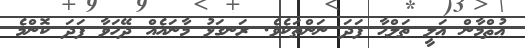
ޢުޘްމާން ޢަލީ ޠަލްޙާ ފަދަ ނަންތަކެވެ. ރަނގަޅު މާނައެއް ދޭހަވާ ފަދަ ކޮންމެ